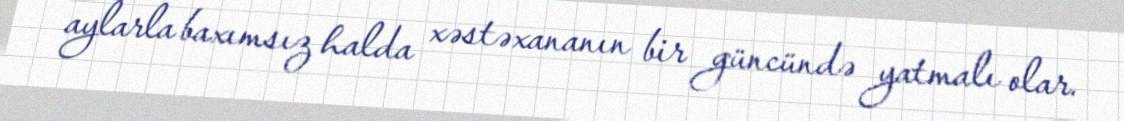
aylarla baxımsız halda xəstəxananın bir güncündə yatmalı olar.